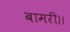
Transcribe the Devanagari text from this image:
बामरी।।